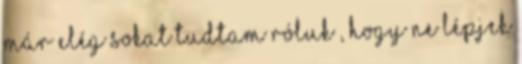
már elég sokat tud­tam róluk , hogy ne lépjek